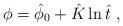
LaTeX: \begin{align*}\phi = \hat{\phi}_0 + \hat{K} \ln \hat{t} \ ,\end{align*}